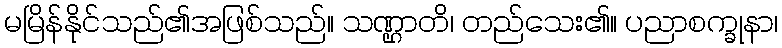
မမြိန်နိုင်သည်၏အဖြစ်သည်။ သဏ္ဌာတိ၊ တည်သေး၏။ ပညာစက္ခုနာ၊